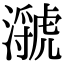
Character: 㶁